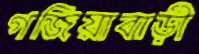
গজিয়াবাড়ী